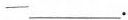
—___.